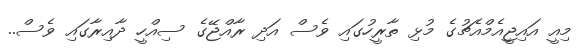
މިއީ އައިޖީއެމްއެޗުގެ މުޅި ތާރީހުގައި ވެސް އަދި ރާއްޖޭގެ ސިއްހީ ދާއިރާގައި ވެސް..